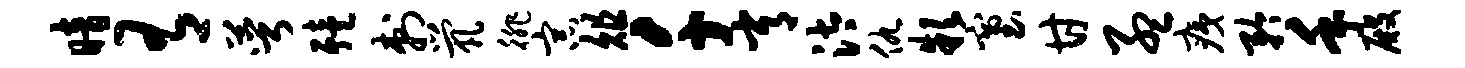
暗有萼殪刺茕徘宗俎千常汰仇款塞甘孟痍矜手殿